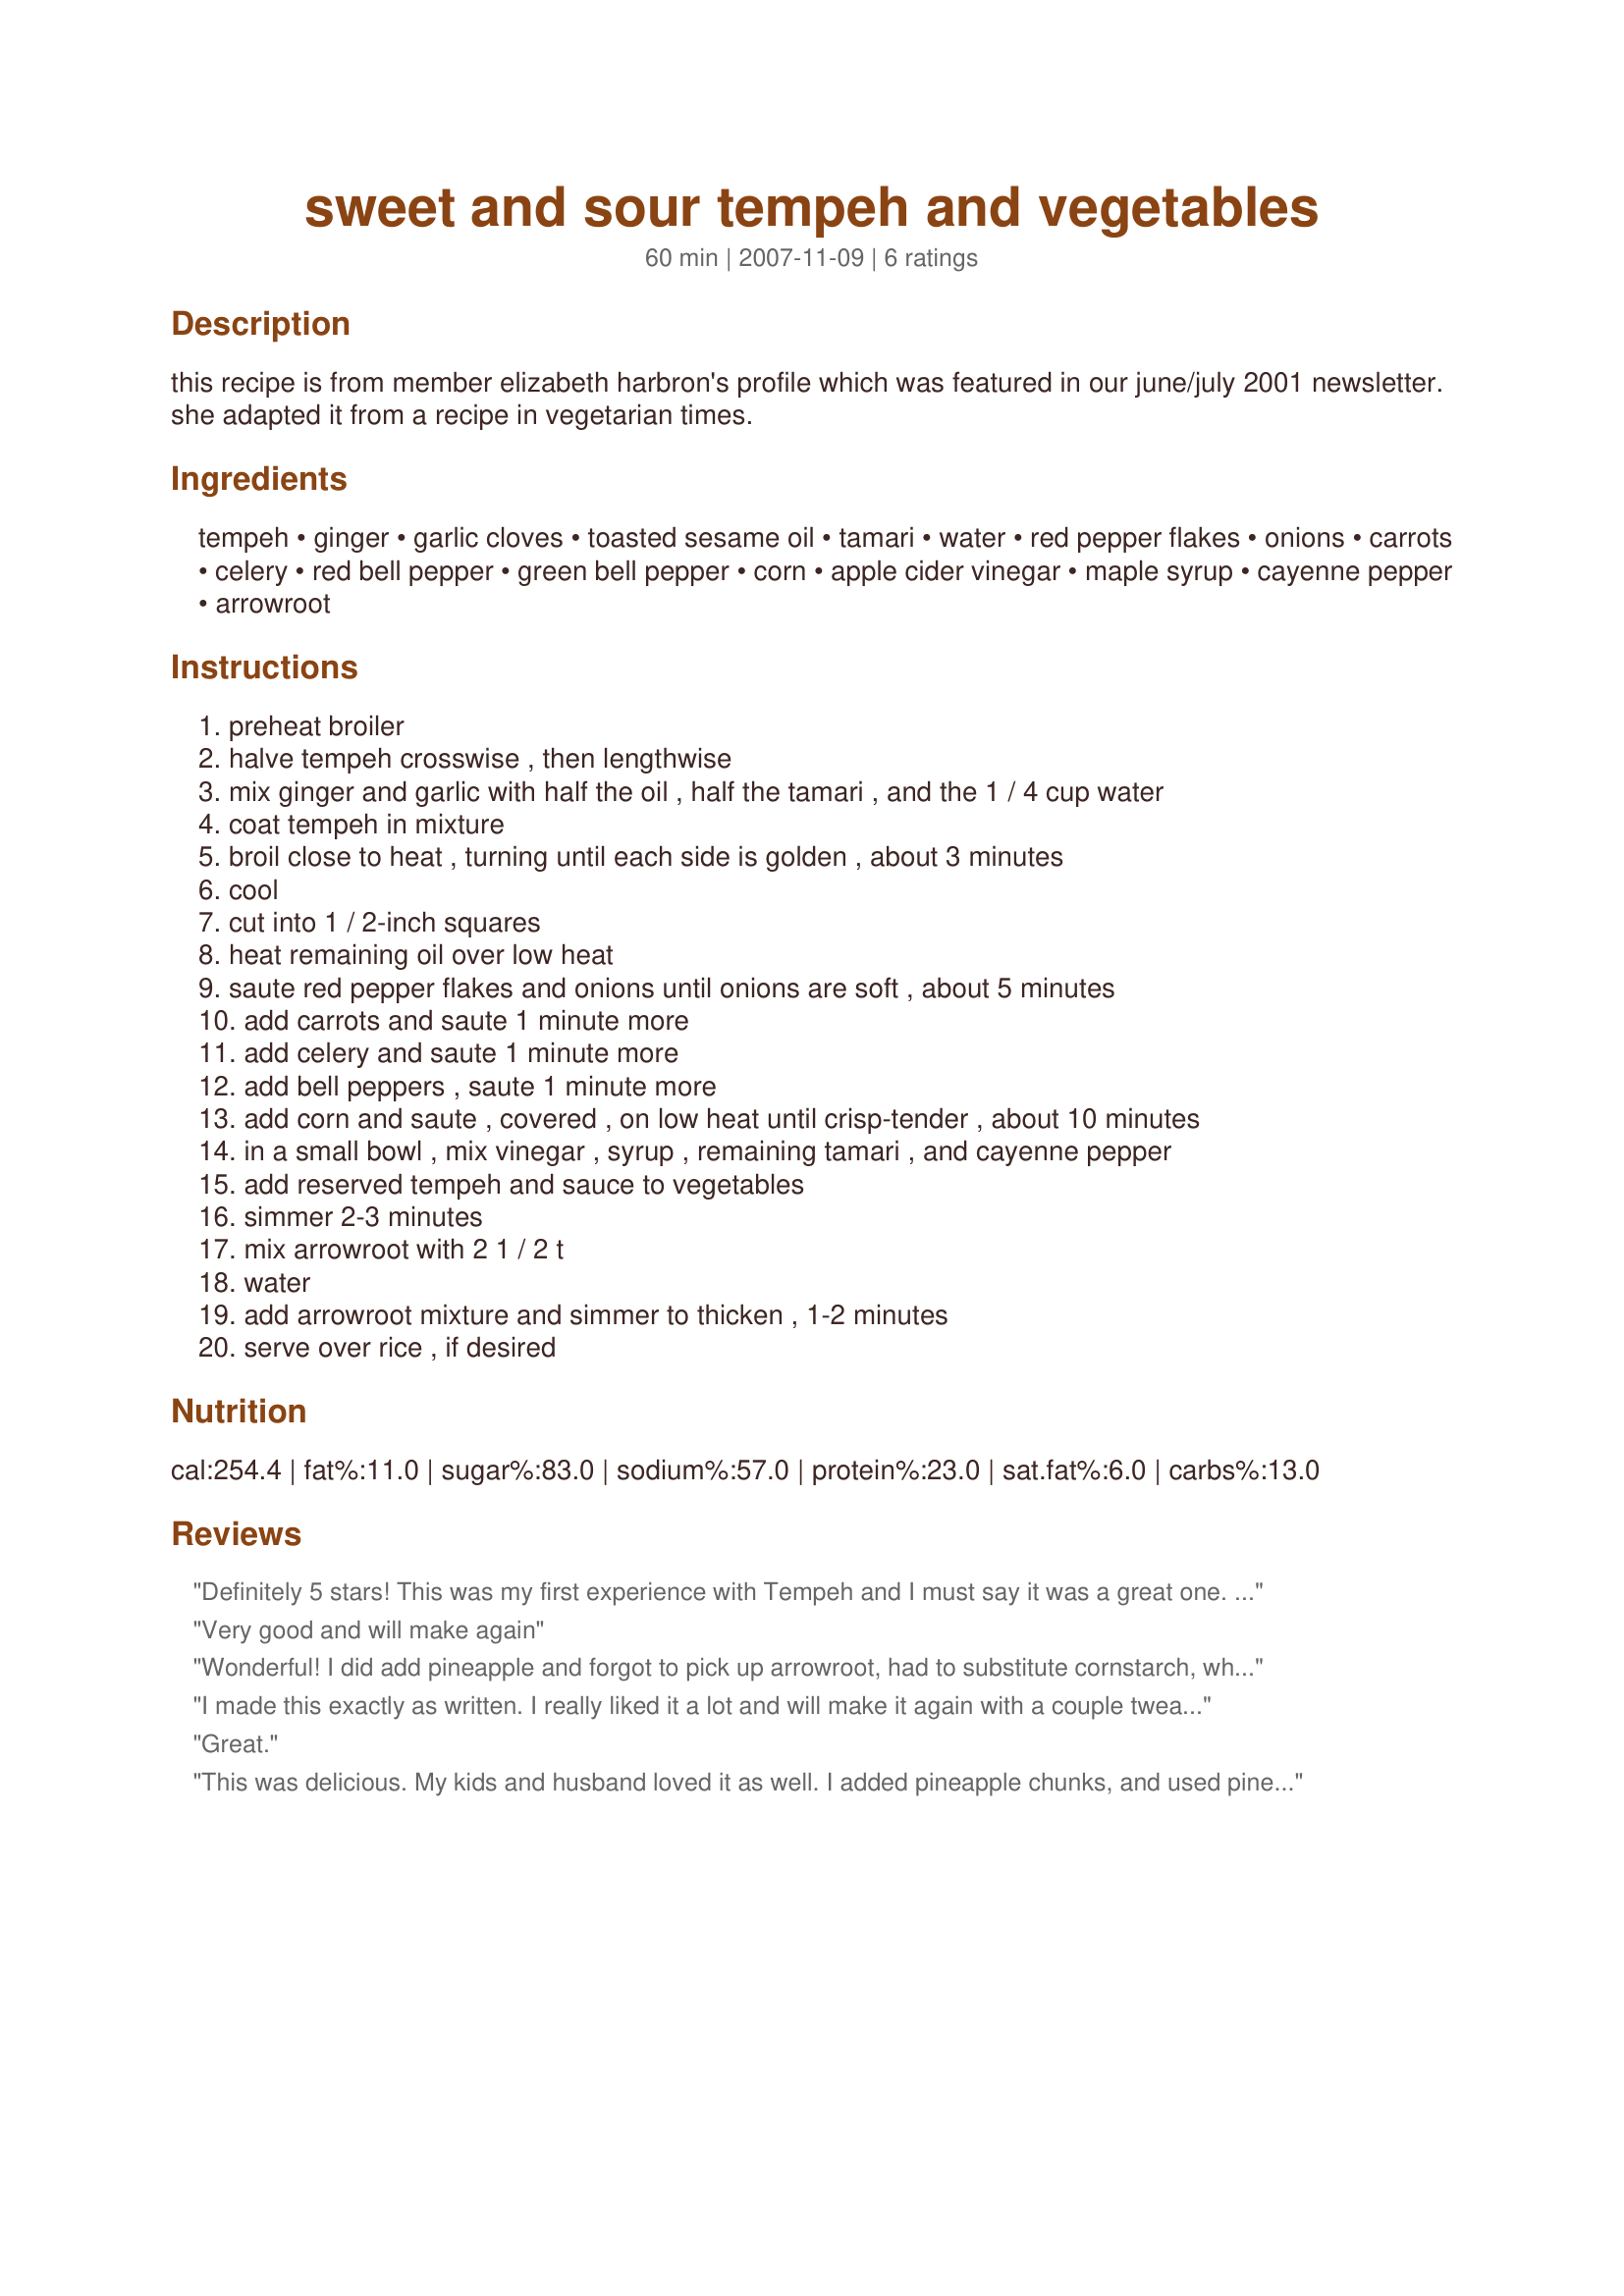
sweet and sour tempeh and vegetables
Preparation time: 60 minutes

this recipe is from member elizabeth harbron's profile which was featured in our june/july 2001 newsletter. she adapted it from a recipe in vegetarian times.

Ingredients:
tempeh, ginger, garlic cloves, toasted sesame oil, tamari, water, red pepper flakes, onions, carrots, celery, red bell pepper, green bell pepper, corn, apple cider vinegar, maple syrup, cayenne pepper, arrowroot

Steps:
preheat broiler
halve tempeh crosswise , then lengthwise
mix ginger and garlic with half the oil , half the tamari , and the 1 / 4 cup water
coat tempeh in mixture
broil close to heat , turning until each side is golden , about 3 minutes
cool
cut into 1 / 2-inch squares
heat remaining oil over low heat
saute red pepper flakes and onions until onions are soft , about 5 minutes
add carrots and saute 1 minute more
add celery and saute 1 minute more
add bell peppers , saute 1 minute more
add corn and saute , covered , on low heat until crisp-tender , about 10 minutes
in a small bowl , mix vinegar , syrup , remaining tamari , and cayenne pepper
add reserved tempeh and sauce to vegetables
simmer 2-3 minutes
mix arrowroot with 2 1 / 2 t
water
add arrowroot mixture and simmer to thicken , 1-2 minutes
serve over rice , if desired

Reviews:
Definitely 5 stars! This was my first experience with Tempeh and I must say it was a great one. The recipe is perfect the way it is, but I can see where pineapple chunks would compliment it very well. Thank you for a keeper!
Very good and will make again
Wonderful! I did add pineapple and forgot to pick up arrowroot, had to substitute cornstarch, which worked out just fine. This one is definitely a keeper!
I made this exactly as written. I really liked it a lot and will make it again with a couple tweaks. I thought it a bit too sweet, so I'll try only 1/4 cup maple syrup; and add a 1/2 tsp. sea salt. I like onions so as a personal preference, I'd add an additional small onion - quartered. I loved that the vegetables were crunchy-done and there was a good amount of sauce. If I'm out of tempeh, I think firm tofu would be a good stand-in. Thanks for posting this recipe! I will make it again.
Great.
This was delicious. My kids and husband loved it as well. I added pineapple chunks, and used pineapple juice rather than water, which worked well. I also used cornstarch rather than arrowroot. Thanks for the recipe!
